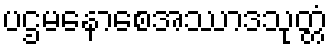
ပဌမနောစေအဿာဒသုတ္တံ